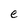
Character: e